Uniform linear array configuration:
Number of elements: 4
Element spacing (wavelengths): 0.75
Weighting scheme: hamming
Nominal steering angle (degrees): -15
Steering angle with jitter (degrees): -16.176
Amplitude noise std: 0.05
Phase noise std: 0.05

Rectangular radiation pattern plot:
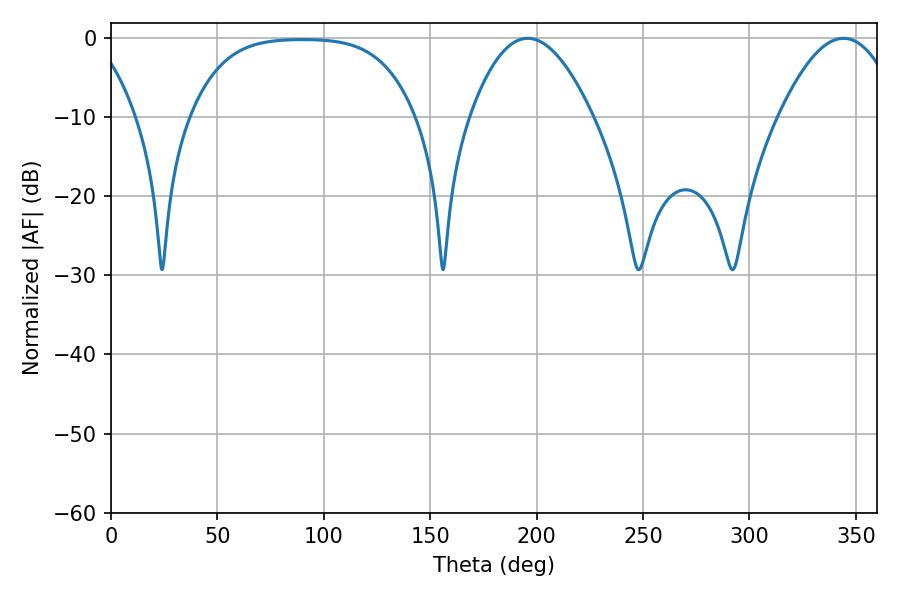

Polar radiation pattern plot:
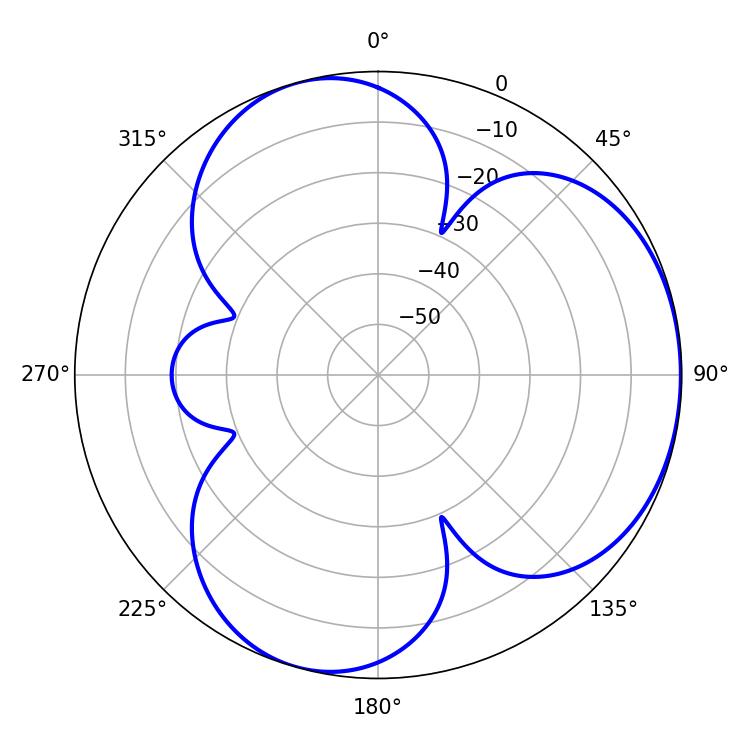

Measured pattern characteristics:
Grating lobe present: TRUE
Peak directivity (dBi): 4.046
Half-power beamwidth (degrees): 31.5
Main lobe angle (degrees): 195.84